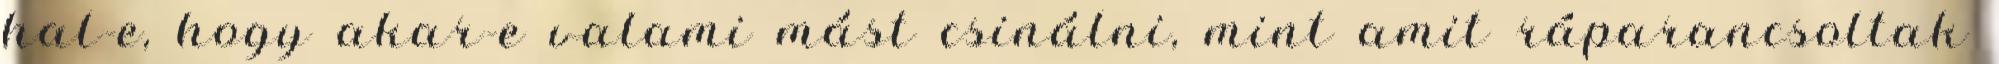
hal-e, hogy akar-e valami mást csinálni, mint amit ráparancsoltak